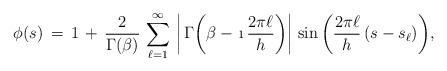
LaTeX: \begin{align*} \phi(s)\,=\,1\,+\,\frac{2}{\Gamma(\beta)}\,\sum_{\ell=1}^\infty\, \bigg|\,\Gamma\bigg(\beta-\,\i\,\frac{2\pi\ell}{h}\bigg)\bigg|\,\sin\bigg(\frac{2\pi\ell}{h}\,(s-s_\ell)\bigg),\end{align*}